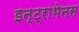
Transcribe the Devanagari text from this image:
इन्ट्राभेनस